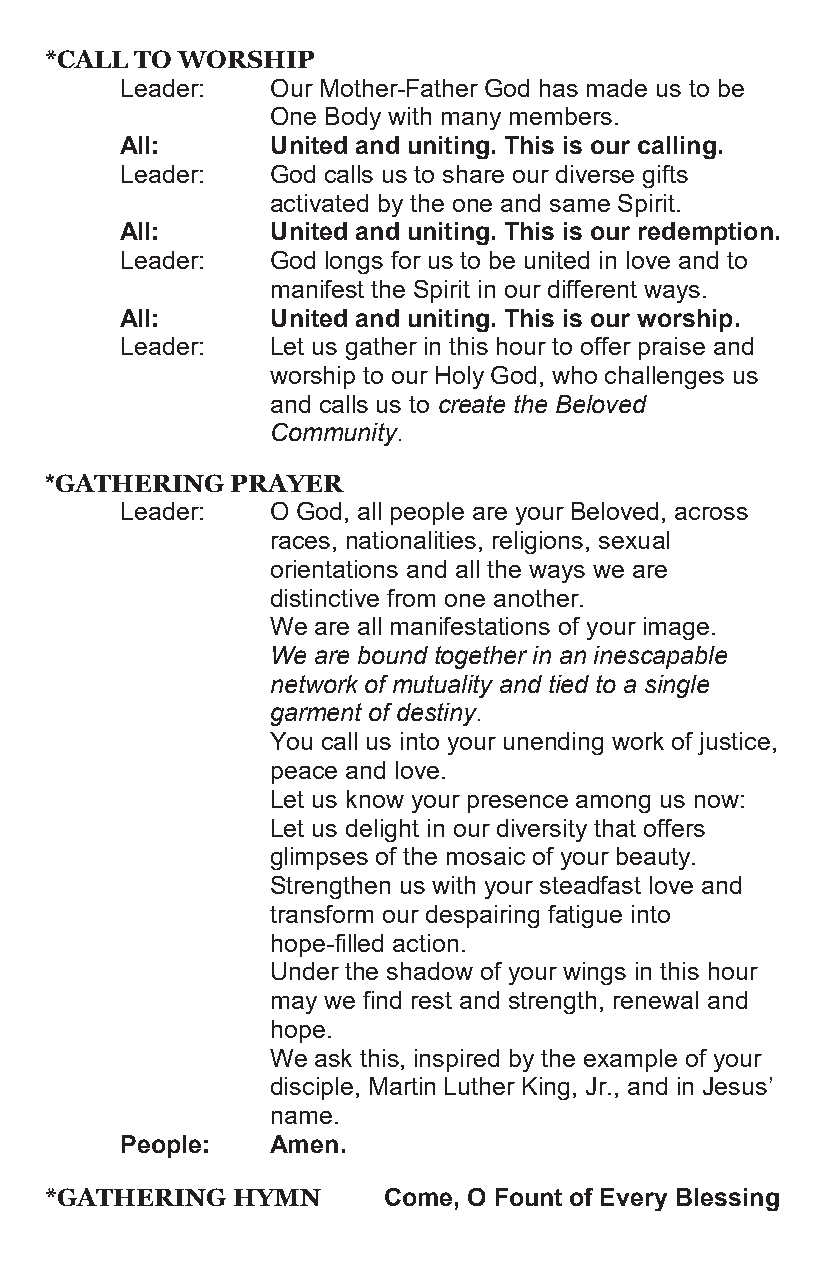
*CALL TO WORSHIP
 Leader:   Our Mother-Father God has made us to be
 One Body with many members.
 All:      United and uniting. This is our calling.
 Leader:   God calls us to share our diverse gifts
 activated by the one and same Spirit.
 All:      United and uniting. This is our redemption.
 Leader:   God longs for us to be united in love and to
 manifest the Spirit in our different ways.
 All:      United and uniting. This is our worship.
 Leader:   Let us gather in this hour to offer praise and
 worship to our Holy God, who challenges us
 and calls us to create the Beloved
 Community.
 *GATHERING  PRAYER
 Leader:   O God, all people are your Beloved, across
 races, nationalities, religions, sexual
 orientations and all the ways we are
 distinctive from one another.
 We are all manifestations of your image.
 We are bound together in an inescapable
 network of mutuality and tied to a single
 garment of destiny.
 You call us into your unending work of justice,
 peace and love.
 Let us know your presence among us now:
 Let us delight in our diversity that offers
 glimpses of the mosaic of your beauty.
 Strengthen us with your steadfast love and
 transform our despairing fatigue into
 hope-filled action.
 Under the shadow of your wings in this hour
 may we find rest and strength, renewal and
 hope.
 We ask this, inspired by the example of your
 disciple, Martin Luther King, Jr., and in Jesus’
 name.
 People:   Amen.
 *GATHERING  HYMN      Come, O Fount of Every Blessing